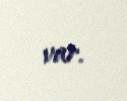
var.